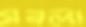
মরলা